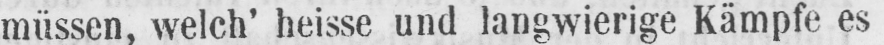
müssen, welch’ heisse und langwierige Kämpfe es